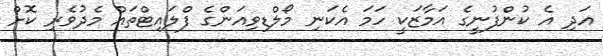
އަދި އެ ކުންފުނީގެ އަމާޒަކީ ހަމަ އެކަނި މޯލްޑިވިއަންގެ ފްލައިޓްތައް މެދުވެރި ކޮށް